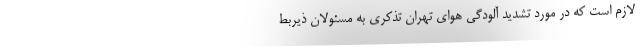
لازم است که در مورد تشدید آلودگی هوای تهران تذکری به مسئولان ذیربط